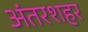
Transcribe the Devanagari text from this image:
अंतरशहर